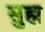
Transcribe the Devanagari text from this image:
सुह्म